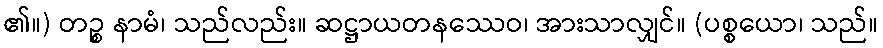
၏။) တဉ္စ နာမံ၊ သည်လည်း။ ဆဋ္ဌာယတနဿေဝ၊ အားသာလျှင်။ (ပစ္စယော၊ သည်။